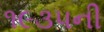
૧૯૩૫ની